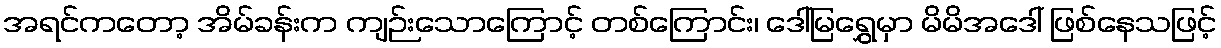
အရင်ကတော့ အိမ်ခန်းက ကျဉ်းသောကြောင့် တစ်ကြောင်း၊ ဒေါ်မြရွှေမှာ မိမိအဒေါ် ဖြစ်နေသဖြင့်